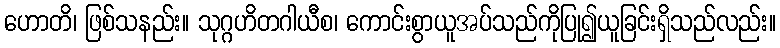
ဟောတိ၊ ဖြစ်သနည်း။ သုဂ္ဂဟိတဂါယီစ၊ ကောင်းစွာယူအပ်သည်ကိုပြု၍ယူခြင်းရှိသည်လည်း။